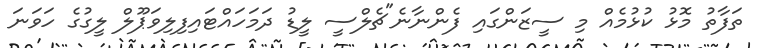
ތަފާތު މޮޅު ކުޅުމެއް މި ސީޒަންގައި ފެންނާނެ"ޗެލްސީ ލީޑު ދަމަހައްޓައިފިލިވަޕޫލް ލީގުގެ ހަވަނަ